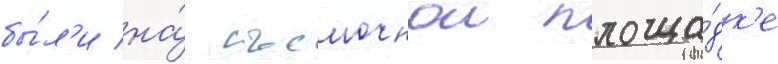
бы́л'и на́ съемочнои площа́дк'е